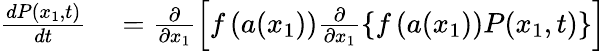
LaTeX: \begin{array}{rl}{\frac{dP(x_{1},t)}{dt}}&{{}=\frac{\partial}{\partial x_{1}}\left[f\left(a(x_{1})\right)\frac{\partial}{\partial x_{1}}\left\{ f\left(a(x_{1})\right)P(x_{1},t)\right\} \right]}\end{array}